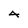
Character: 4